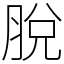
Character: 脫